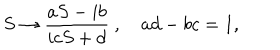
S \rightarrow \frac { a S - i b } { i c S + d } \ , \quad a d - b c = 1 ,